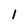
Character: 1